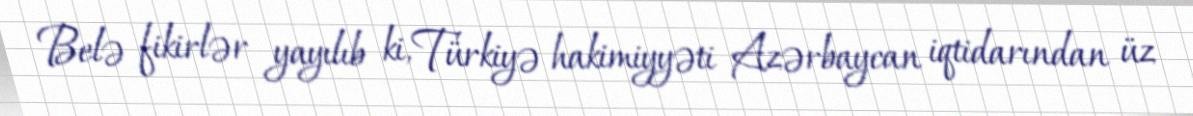
Belə fikirlər yayılıb ki, Türkiyə hakimiyyəti Azərbaycan iqtidarından üz